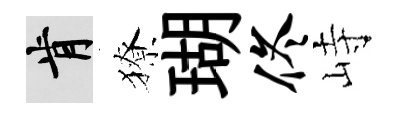
肯獠瑚佟峙